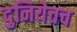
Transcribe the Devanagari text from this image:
दुनियेतच